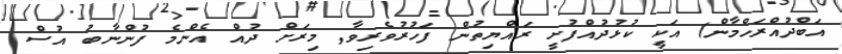
އަބްދުއްރަހްމާން) އަކީ ކުޅުދުއްފުށީ ރައްޔިތުން ފަހުރުވެރިވާ